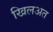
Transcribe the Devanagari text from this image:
खिलअत